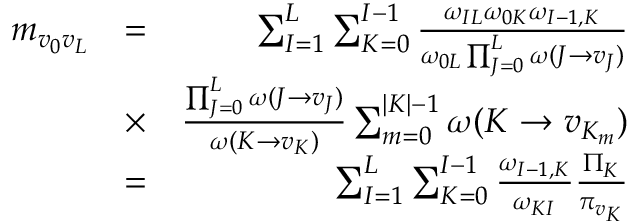
\begin{array} { r l r } { m _ { v _ { 0 } v _ { L } } } & { = } & { \sum _ { I = 1 } ^ { L } \sum _ { K = 0 } ^ { I - 1 } \frac { \omega _ { I L } \omega _ { 0 K } \omega _ { I - 1 , K } } { \omega _ { 0 L } \prod _ { J = 0 } ^ { L } \omega ( J \to v _ { J } ) } } \\ & { \times } & { \frac { \prod _ { J = 0 } ^ { L } \omega ( J \to v _ { J } ) } { \omega ( K \to v _ { K } ) } \sum _ { m = 0 } ^ { | K | - 1 } \omega ( K \to v _ { K _ { m } } ) } \\ & { = } & { \sum _ { I = 1 } ^ { L } \sum _ { K = 0 } ^ { I - 1 } \frac { \omega _ { I - 1 , K } } { \omega _ { K I } } \frac { \Pi _ { K } } { \pi _ { v _ { K } } } } \end{array}